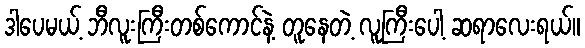
ဒါပေမယ့် ဘီလူးကြီးတစ်ကောင်နဲ့ တူနေတဲ့ လူကြီးပေါ့ ဆရာလေးရယ်။